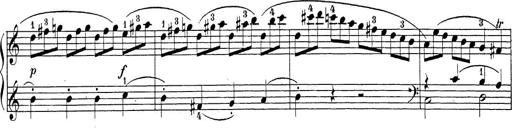
Title: Sonatina Album
Composer: Louis KÃ¶hler